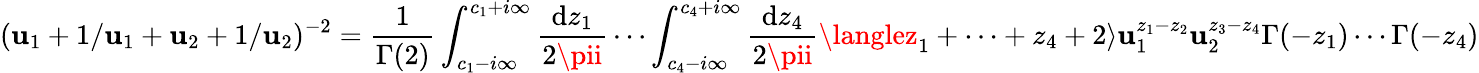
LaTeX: (\mathbf{u}_{1}+1/\mathbf{u}_{1}+\mathbf{u}_{2}+1/\mathbf{u}_{2})^{-2}=\frac{{1}}{{\Gamma(2)}}\int_{c_{1}-i\infty}^{c_{1}+i\infty}\frac{{\mathrm{{d}}z_{1}}}{{2\pii}}\cdots\int_{c_{4}-i\infty}^{c_{4}+i\infty}\frac{{\mathrm{{d}}z_{4}}}{{2\pii}}\langlez_{1}+\cdots+z_{4}+2\rangle\mathbf{u}_{1}^{z_{1}-z_{2}}\mathbf{u}_{2}^{z_{3}-z_{4}}\Gamma(-z_{1})\cdots\Gamma(-z_{4})